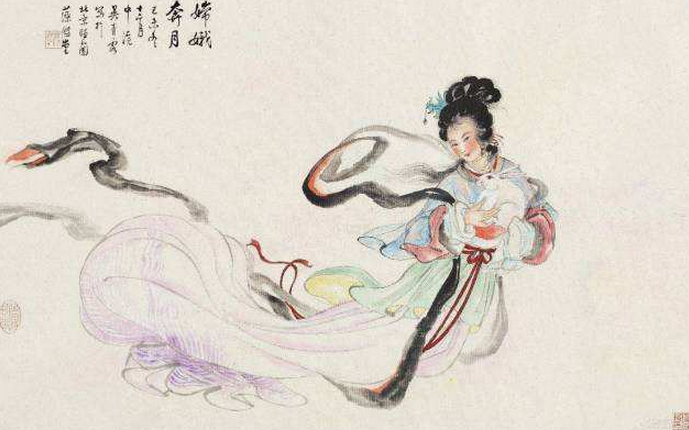
至今不会天中事，应是嫦娥掷与人。